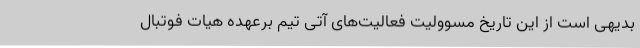
بدیهی است از این تاریخ مسوولیت فعالیت‌های آتی تیم برعهده هیات فوتبال